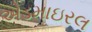
એડમાઇરલ